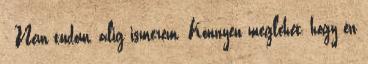
- Nem tudom, alig ismerem. Könnyen meglehet, hogy én